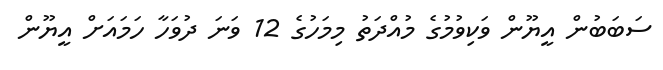
ސަބަބުން އީޔޫން ވަކިވުމުގެ މުއްދަތު މިމަހުގެ 12 ވަނަ ދުވަހާ ހަމައަށް އީޔޫން